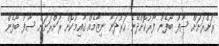
ރަށްރަށަށް ސާފު ބޯފެން ފޯރުކޮށްދޭނެ ހަރުދަނާ ނިޒާމެއް ޤާއިމުކޮށް ރަށްރަށަށް ސާފު ބޯފެން